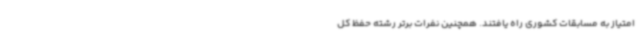
امتیاز به مسابقات کشوری راه یافتند. همچنین نفرات برتر رشته حفظ کل